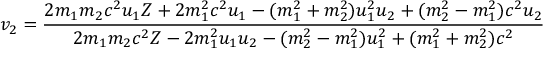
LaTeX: v _ { 2 } = { \frac { 2 m _ { 1 } m _ { 2 } c ^ { 2 } u _ { 1 } Z + 2 m _ { 1 } ^ { 2 } c ^ { 2 } u _ { 1 } - ( m _ { 1 } ^ { 2 } + m _ { 2 } ^ { 2 } ) u _ { 1 } ^ { 2 } u _ { 2 } + ( m _ { 2 } ^ { 2 } - m _ { 1 } ^ { 2 } ) c ^ { 2 } u _ { 2 } } { 2 m _ { 1 } m _ { 2 } c ^ { 2 } Z - 2 m _ { 1 } ^ { 2 } u _ { 1 } u _ { 2 } - ( m _ { 2 } ^ { 2 } - m _ { 1 } ^ { 2 } ) u _ { 1 } ^ { 2 } + ( m _ { 1 } ^ { 2 } + m _ { 2 } ^ { 2 } ) c ^ { 2 } } }